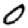
Digit: 0